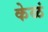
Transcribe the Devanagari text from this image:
केळं